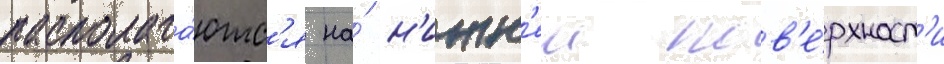
располага́ютс'я на́ н'ижн'еи пов'е́рхност'и